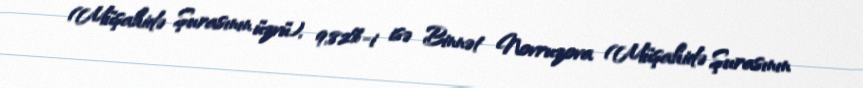
(Müşahidə Şurasının üzvü), 9,82%-i isə Binnət Novruzova (Müşahidə Şurasının